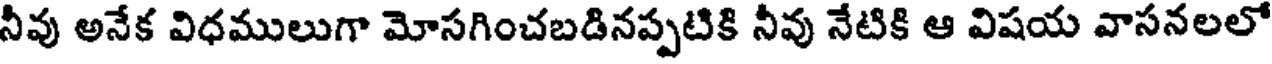
నీవు అనేక విధములుగా మోసగించబడినప్పటికి నీవు నేటికి ఆ విషయ వాసనలలో